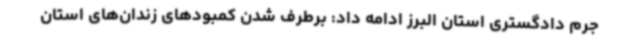
جرم دادگستری استان البرز ادامه داد: برطرف شدن کمبودهای زندان‌های استان